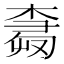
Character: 𰘕